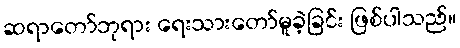
ဆရာတော်ဘုရား ရေးသားတော်မူခဲ့ခြင်း ဖြစ်ပါသည်။